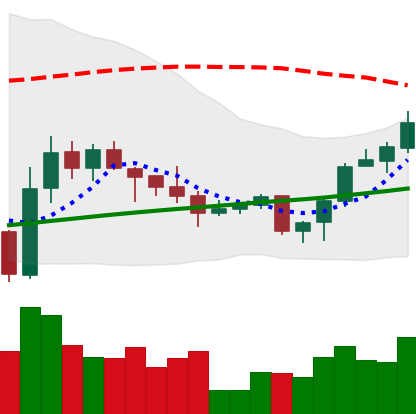
Ticker: LINK-USD
Chart end date: 2020-10-12
Forward return: -6.989%
Label: down_5_7